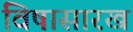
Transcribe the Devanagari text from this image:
विषासारखं